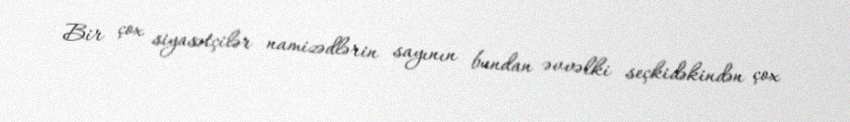
Bir çox siyasətçilər namizədlərin sayının bundan əvvəlki seçkidəkindən çox